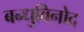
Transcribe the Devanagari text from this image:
बन्धुविनोद